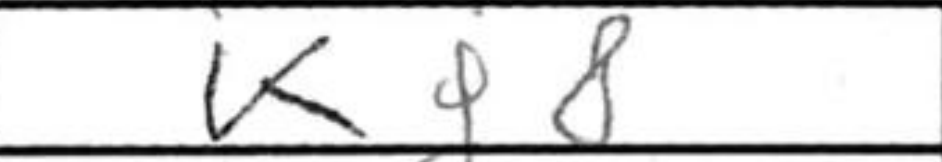
Transcription: Kg8